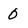
Character: 0